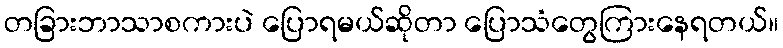
တခြားဘာသာစကားပဲ ပြောရမယ်ဆိုတာ ပြောသံတွေကြားနေရတယ်။